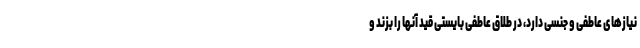
نیازهای عاطفی و جنسی دارد، در طلاق عاطفی بایستی قید آنها را بزند و